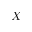
X